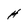
Character: H